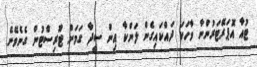
ޓުއާ އޮޕަރޭޓަރުންނާ ވާހަކަ ދައްކައިގެން ލަންކާ އިން ސީދާ ގަމަށް ޓޫރިސްޓުން ގެނެވޭނެ